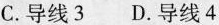
C. 导线3 D. 导线4